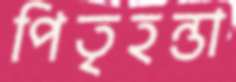
পিতৃহন্তা